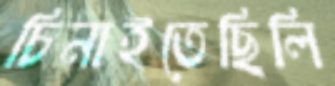
চিনাইতেছিলি